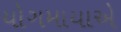
યોગમાયાએ